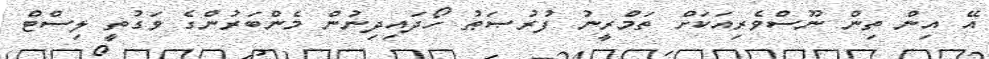
އޭ އިން ތިން ނޫސްވެރިއަކަށް ތަމްރީނު ފުރުޞަޠު ހޯދައިދިނުން މެންބަރުންގެ ވަގުތީ ލިސްޓް